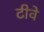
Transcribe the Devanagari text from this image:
टीवे